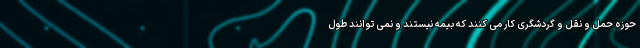
حوزه حمل و نقل و گردشگری کار می کنند که بیمه نیستند و نمی توانند طول